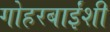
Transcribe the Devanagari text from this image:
गोहरबाईंशी